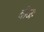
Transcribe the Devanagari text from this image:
बीजः